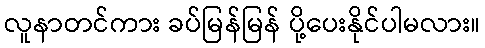
လူနာတင်ကား ခပ်မြန်မြန် ပို့ပေးနိုင်ပါမလား။